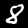
Digit: 8